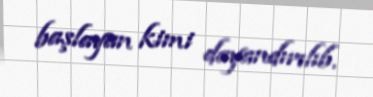
başlayan kimi dayandırılıb.